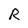
Character: R